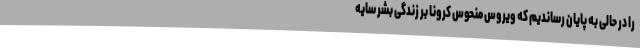
را در حالی به پایان رساندیم که ویروس منحوس کرونا بر زندگی بشر سایه